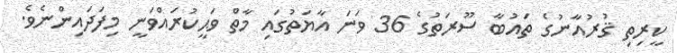
ކީރިތި ޤުރުއާނުގެ ތައުބާ ސޫރަތުގެ 36 ވަނަ އާޔަތުގައި މާތް ވަޙީކުރައްވަނީ މިފަދައިންނެވެ.